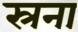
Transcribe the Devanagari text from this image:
स्रना